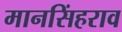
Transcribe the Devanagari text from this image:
मानसिंहराव